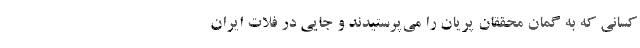
کسانی که به گمان محققان پریان را می‌پرستیدند و جایی در فلات ایران